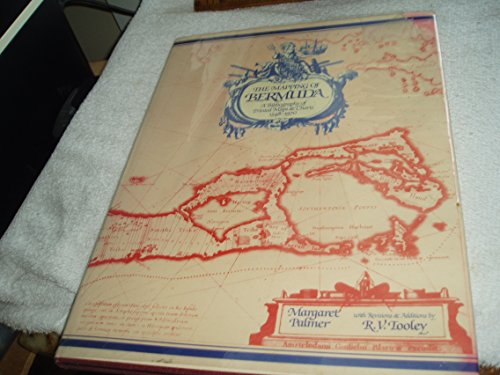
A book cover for Mapping of Bermuda: A Bibliography of Printed Maps and Charts, 1548-1970; Travel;